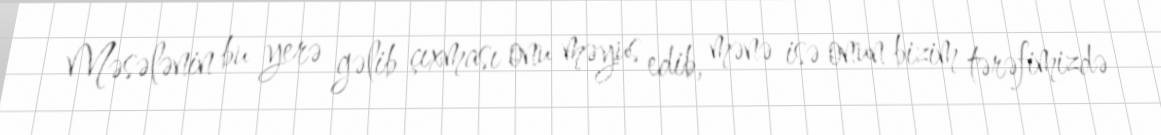
Məsələnin bu yerə gəlib çıxması onu məyus edib, mənə isə onun bizim tərəfimizdə